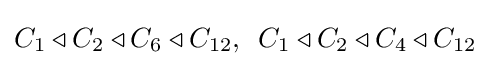
C_{1}\triangleleft C_{2}\triangleleft C_{6}\triangleleft C_{12},\ \,C_{1}\triangleleft C_{2}\triangleleft C_{4}\triangleleft C_{12}